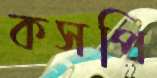
কসপি